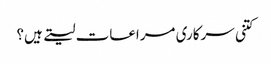
کتنی سرکاری مراعات لیتے ہیں؟